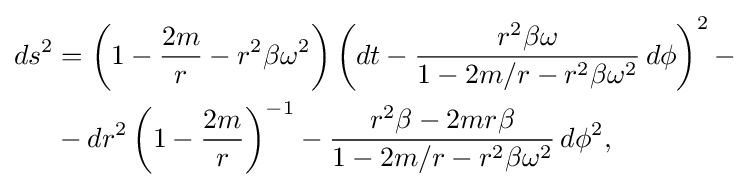
{\begin{aligned}ds^{2}&=\left(1-{\frac {2m}{r}}-r^{2}\beta \omega ^{2}\right)\left(dt-{\frac {r^{2}\beta \omega }{1-2m/r-r^{2}\beta \omega ^{2}}}\,d\phi \right)^{2}-\\&-dr^{2}\left(1-{\frac {2m}{r}}\right)^{-1}-{\frac {r^{2}\beta -2mr\beta }{1-2m/r-r^{2}\beta \omega ^{2}}}\,d\phi ^{2},\end{aligned}}